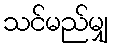
သင်မည်မျှ